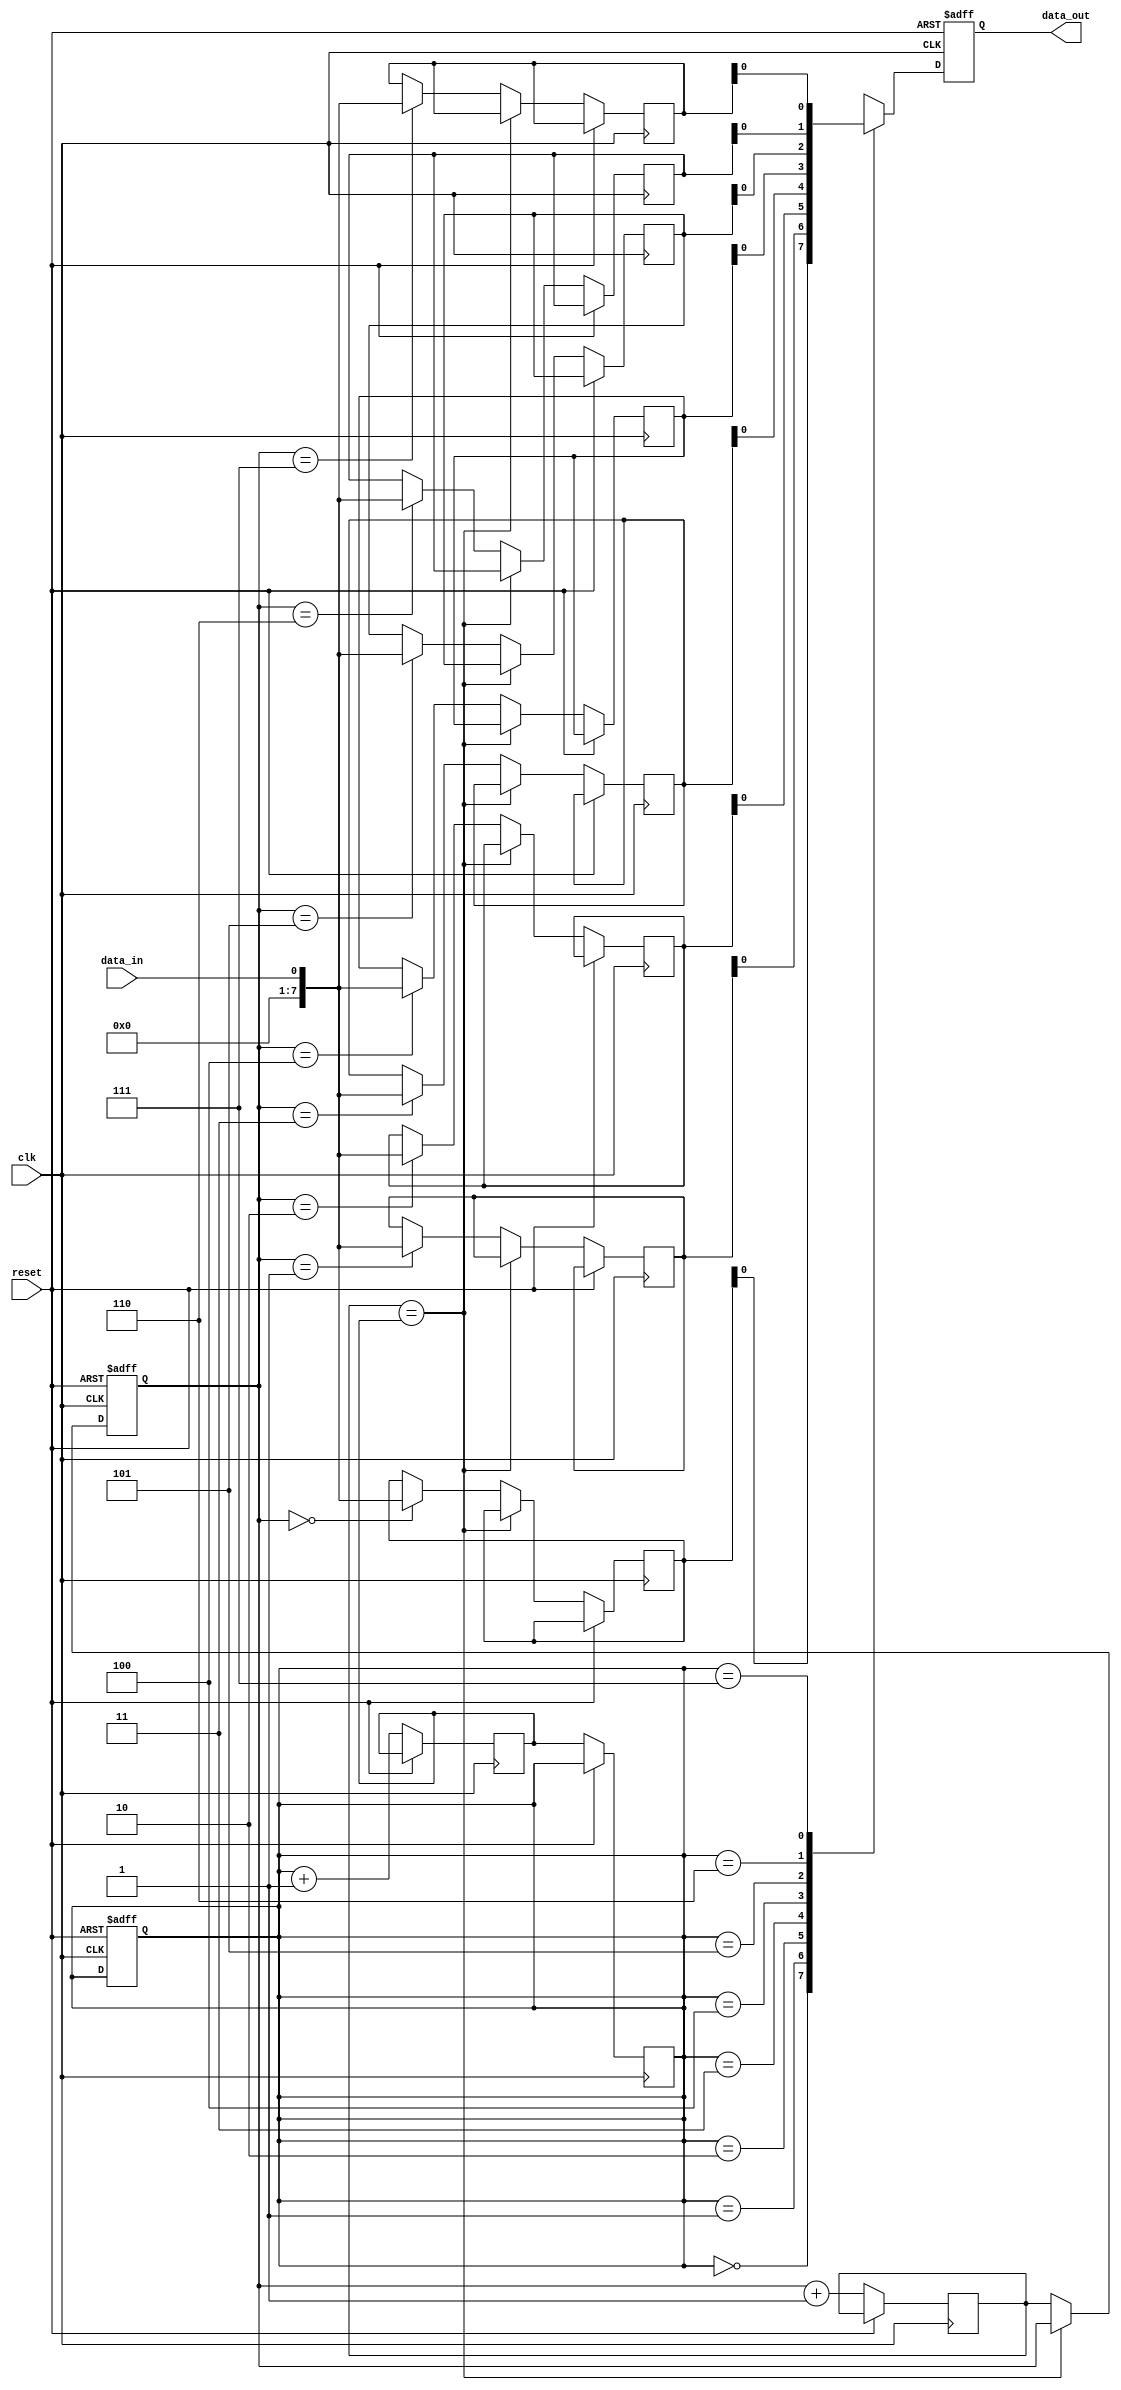
module FIFO (
  input wire clk,
  input wire reset,
  input wire data_in,
  output wire data_out
);

reg [7:0] fifo [0:7];
reg [2:0] head = 3;
reg [2:0] tail = 0;
reg [2:0] next_head;
reg [2:0] next_tail;

always @(posedge clk or posedge reset) begin
  if (reset) begin
    head <= 3;
    tail <= 0;
  end else begin
    next_head <= head + 1;
    next_tail <= tail + 1;
    
    if (next_head == next_tail) begin
      $display("FIFO is full");
    end else begin
      fifo[head] <= data_in;
      head <= next_head;
    end
  end
end

always @(posedge clk or posedge reset) begin
  if (reset) begin
    data_out <= 0;
  end else begin
    data_out <= fifo[tail];
    tail <= next_tail;
  end
end

endmodule